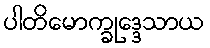
ပါတိမောက္ခုဒ္ဒေသာယ